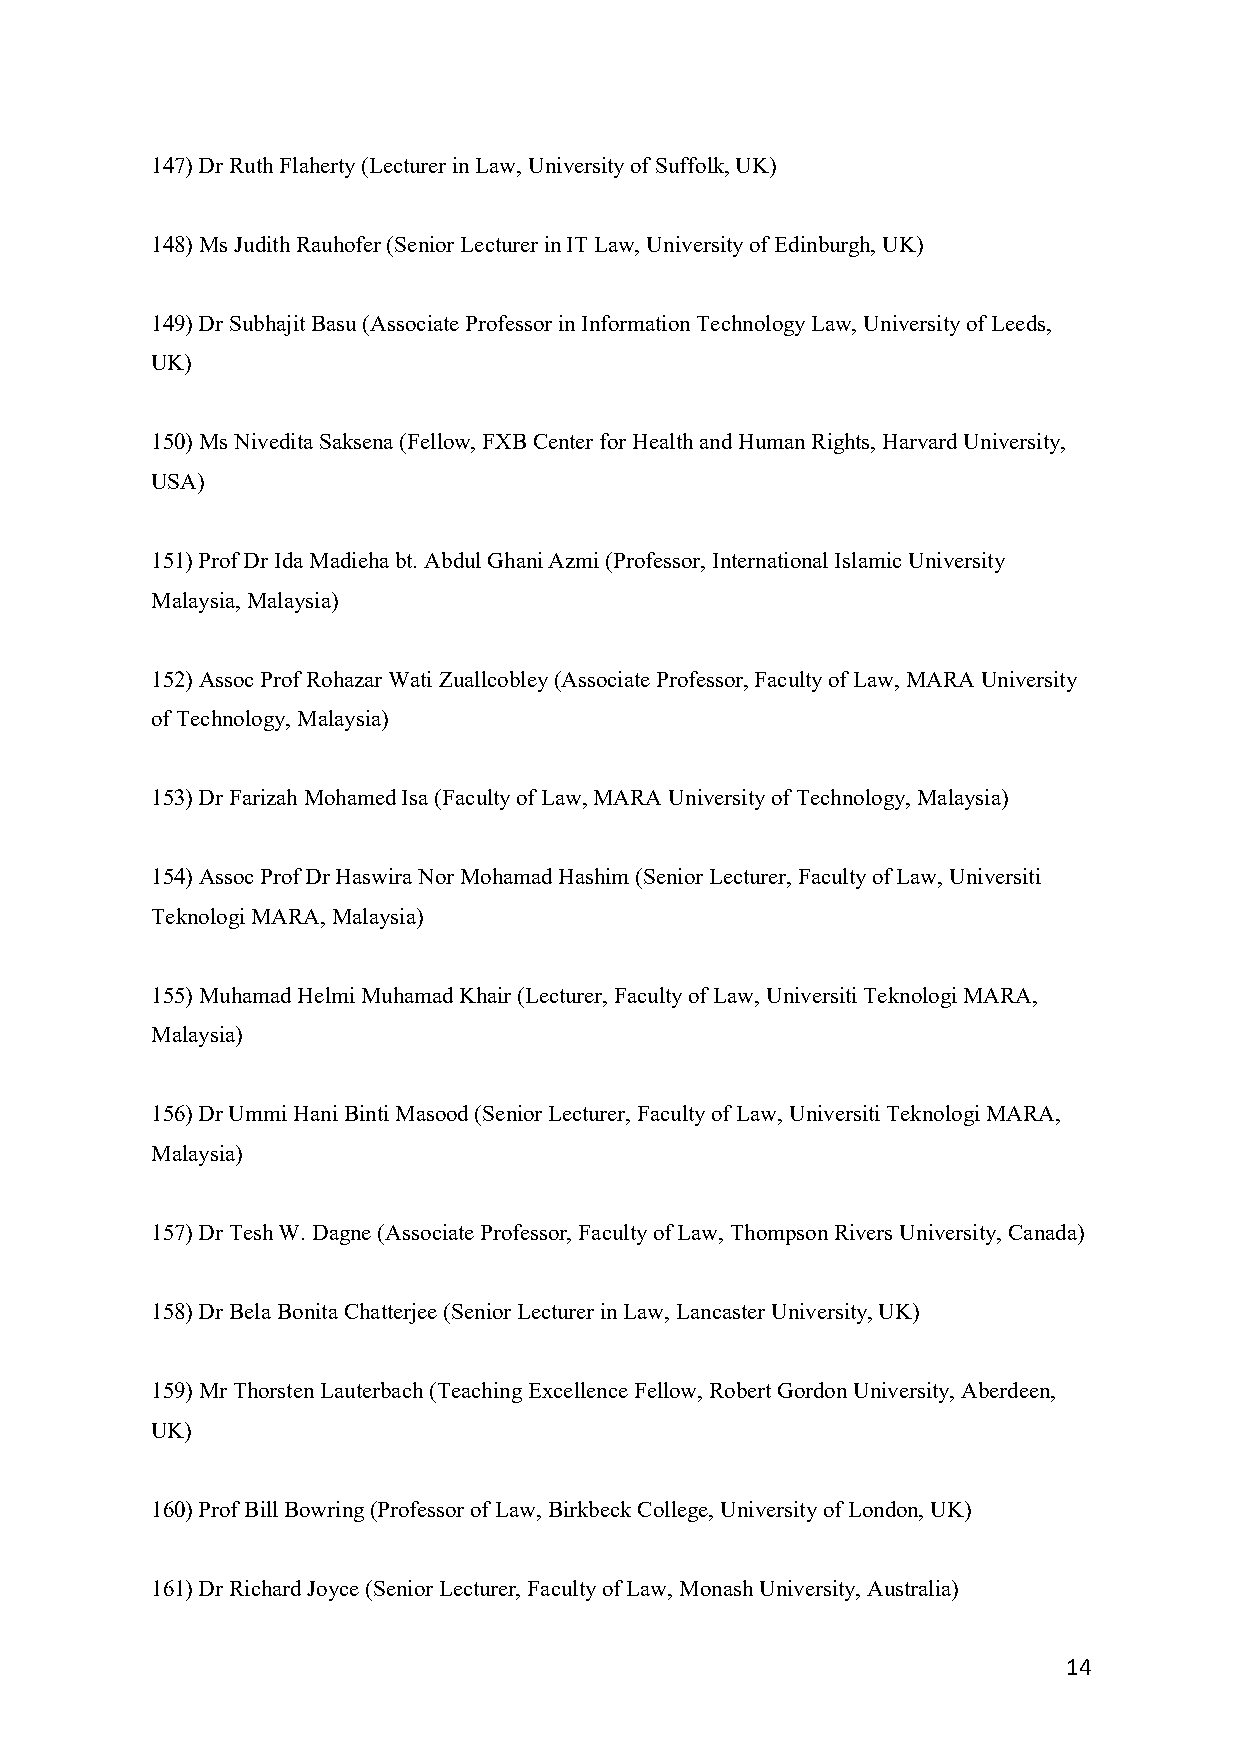
147) Dr Ruth Flaherty (Lecturer in Law, University of Suffolk, UK)
 148) Ms Judith Rauhofer (Senior Lecturer in IT Law, University of Edinburgh, UK)
 149) Dr Subhajit Basu (Associate Professor in Information Technology Law, University of Leeds,
 UK)
 150) Ms Nivedita Saksena (Fellow, FXB Center for Health and Human Rights, Harvard University,
 USA)
 151) Prof Dr Ida Madieha bt. Abdul Ghani Azmi (Professor, International Islamic University
 Malaysia, Malaysia)
 152) Assoc Prof Rohazar Wati Zuallcobley (Associate Professor, Faculty of Law, MARA University
 of Technology, Malaysia)
 153) Dr Farizah Mohamed Isa (Faculty of Law, MARA University of Technology, Malaysia)
 154) Assoc Prof Dr Haswira Nor Mohamad Hashim (Senior Lecturer, Faculty of Law, Universiti
 Teknologi MARA, Malaysia)
 155) Muhamad Helmi Muhamad Khair (Lecturer, Faculty of Law, Universiti Teknologi MARA,
 Malaysia)
 156) Dr Ummi Hani Binti Masood (Senior Lecturer, Faculty of Law, Universiti Teknologi MARA,
 Malaysia)
 157) Dr Tesh W. Dagne (Associate Professor, Faculty of Law, Thompson Rivers University, Canada)
 158) Dr Bela Bonita Chatterjee (Senior Lecturer in Law, Lancaster University, UK)
 159) Mr Thorsten Lauterbach (Teaching Excellence Fellow, Robert Gordon University, Aberdeen,
 UK)
 160) Prof Bill Bowring (Professor of Law, Birkbeck College, University of London, UK)
 161) Dr Richard Joyce (Senior Lecturer, Faculty of Law, Monash University, Australia)
 14